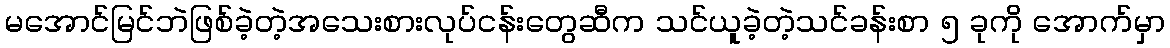
မအောင်မြင်ဘဲဖြစ်ခဲ့တဲ့အသေးစားလုပ်ငန်းတွေဆီက သင်ယူခဲ့တဲ့သင်ခန်းစာ ၅ ခုကို အောက်မှာ